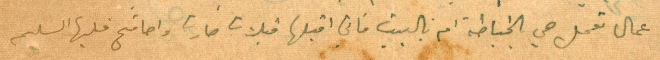
عمال تعمل هي بالخياطة ام بالبيت فاني اقبلها قبلات حارة واصافح قلبها السليم